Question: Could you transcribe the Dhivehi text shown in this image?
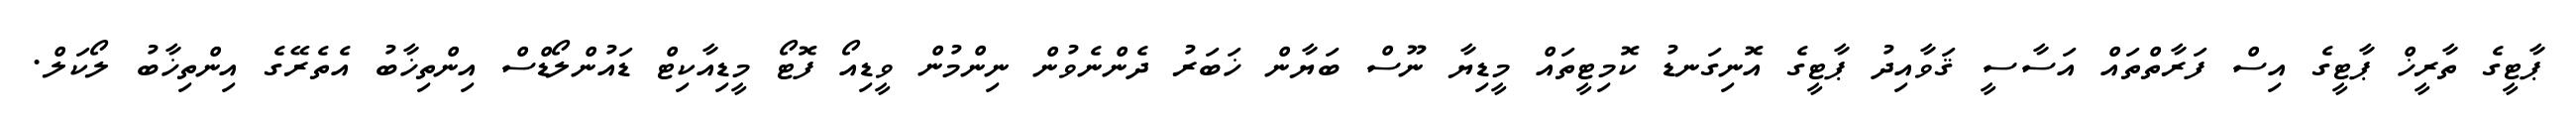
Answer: ޕާޓީގެ ތާރީޚް ޕާޓީގެ އިސް ފަރާތްތައް އަސާސީ ޤަވާއިދު ޕާޓީގެ އޮނިގަނޑު ކޮމިޓީތައް މީޑިޔާ ނޫސް ބަޔާން ޚަބަރު ދެންނެވުން ނިންމުން ވީޑިއޯ ފޮޓޯ މީޑިއާކިޓް ޑައުންލޯޑްސް އިންތިޚާބު އެތެރޭގެ އިންތިޚާބު ލޯކަލް.